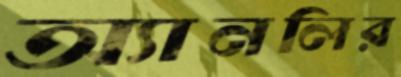
অ্যানলির